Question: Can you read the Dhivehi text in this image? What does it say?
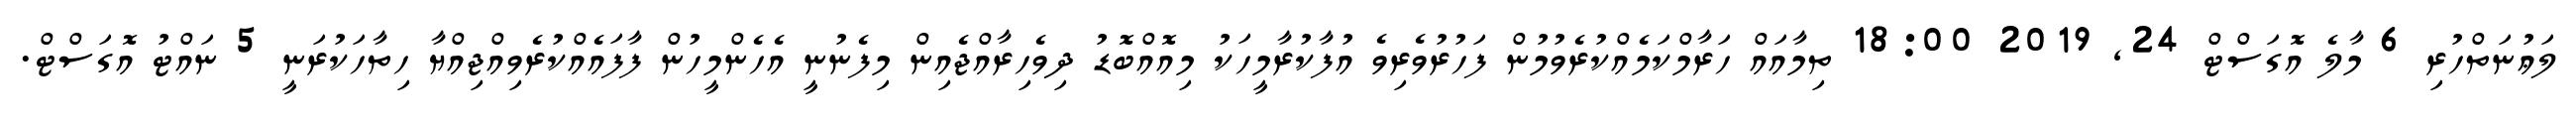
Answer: ލަޢުނަތްހުރި 6 މާލެ އޮގަސްޓް 24, 2019 18:00 ތިމާއައް ހަރާމްކަމެއްކުރެވުމުން ފަހުރުވެރިވެ އުފާކުރާމީހަކު މިއޮއްބޮޑު ދިވެހިރާއްޖެއިން މިފެނުނީ އެހެންމީހުން ފާފައެއްކުރެވިއްޖިއްޔާ ހިތާހަކުރަނީ 5 ނައްޓު އޮގަސްޓް.